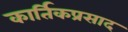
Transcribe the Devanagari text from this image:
कार्तिकप्रसाद